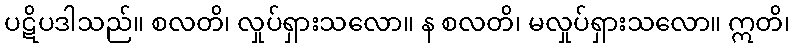
ပဋိပဒါသည်။ စလတိ၊ လှုပ်ရှားသလော။ န စလတိ၊ မလှုပ်ရှားသလော။ ဣတိ၊